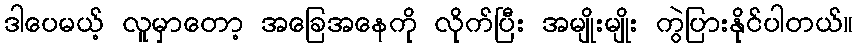
ဒါပေမယ့် လူမှာတော့ အခြေအနေကို လိုက်ပြီး အမျိုးမျိုး ကွဲပြားနိုင်ပါတယ်။